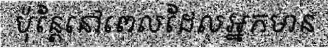
ប៉ុន្តែនៅពេលដែលអ្នកមាន